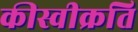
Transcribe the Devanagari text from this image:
कीस्वीक्रति